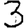
Digit: 3